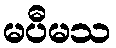
မပီမသ